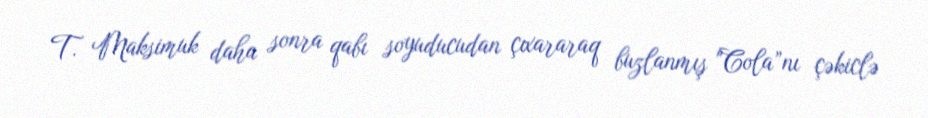
T. Maksimuk daha sonra qabı soyuducudan çıxararaq buzlanmış "Cola”nı çəkiclə